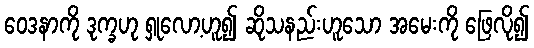
ဝေဒနာကို ဒုက္ခဟု ရှုလော့ဟူ၍ ဆိုသနည်းဟူသော အမေးကို ဖြေလို၍